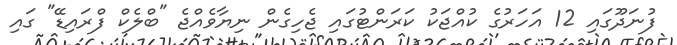
ފުނަދޫގައި 12 އަހަރުގެ ކުއްޖަކު ކަރަންޓުގައި ޖެހިގެން ނިޔާވެއްޖެ "ބްލެކް ފްރައިޑޭ" ގައި